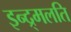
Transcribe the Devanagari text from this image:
इन्द्र्मलति